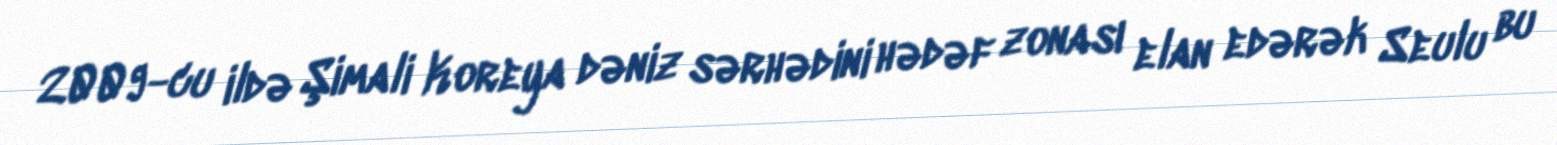
2009-cu ildə Şimali Koreya dəniz sərhədini hədəf zonası elan edərək Seulu bu